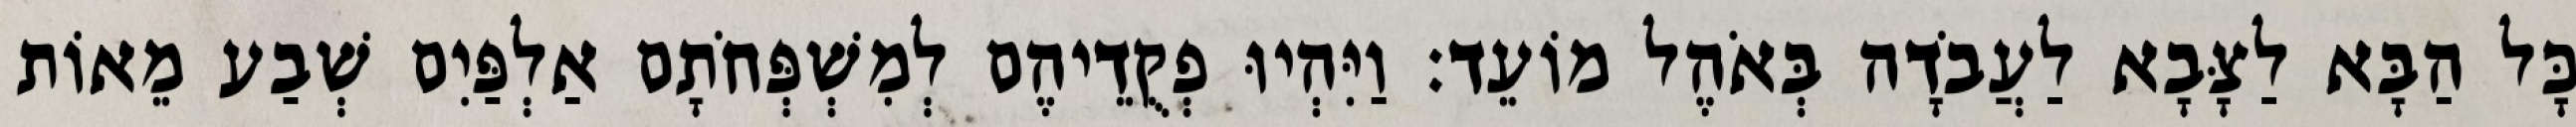
כָּל הַבָּא לַצָּבָא לַעֲבֹדָה בְּאֹהֶל מוֹעֵד׃ וַיִּהְיוּ פְקֻדֵיהֶם לְמִשְׁפְּחֹתָם אַלְפַּיִם שְׁבַע מֵאוֹת